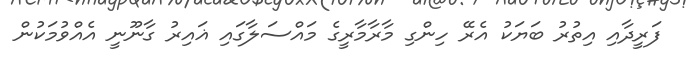
ފަރީދާއި އިތުރު ބަޔަކު އެރޭ ހިންގި މާރާމާރީގެ މައްސަލާގައި ޣައިރު ގާނޫނީ އެއްވުމަކުން